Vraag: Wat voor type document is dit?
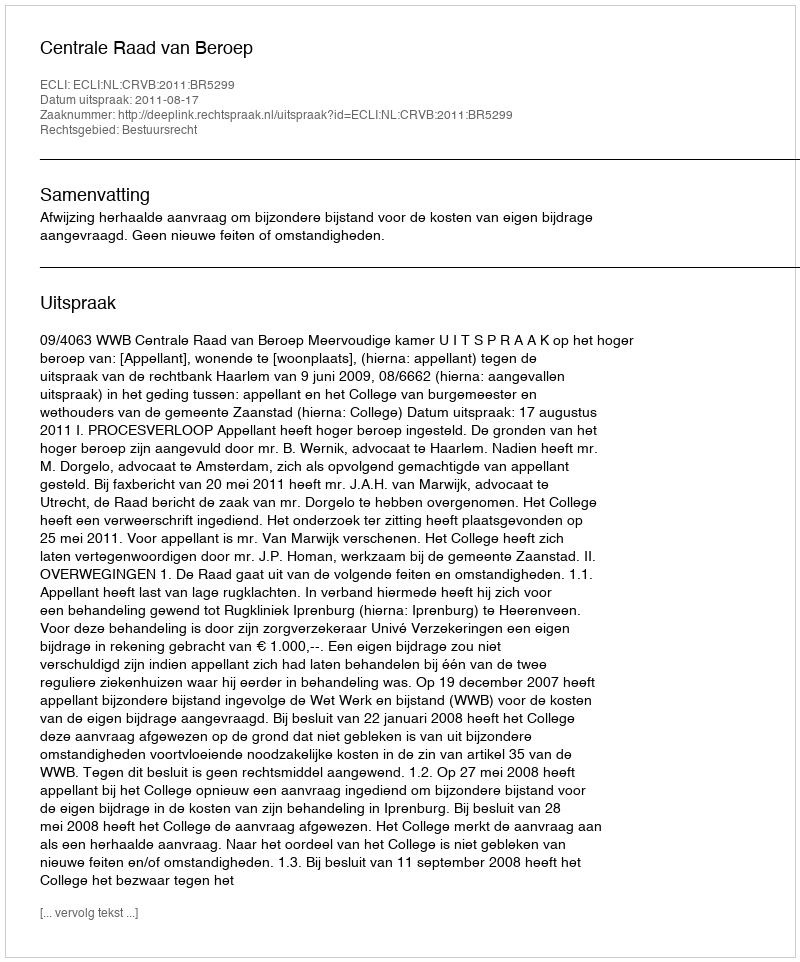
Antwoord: Uitspraak